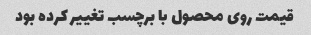
قیمت روی محصول با برچسب تغییر کرده بود